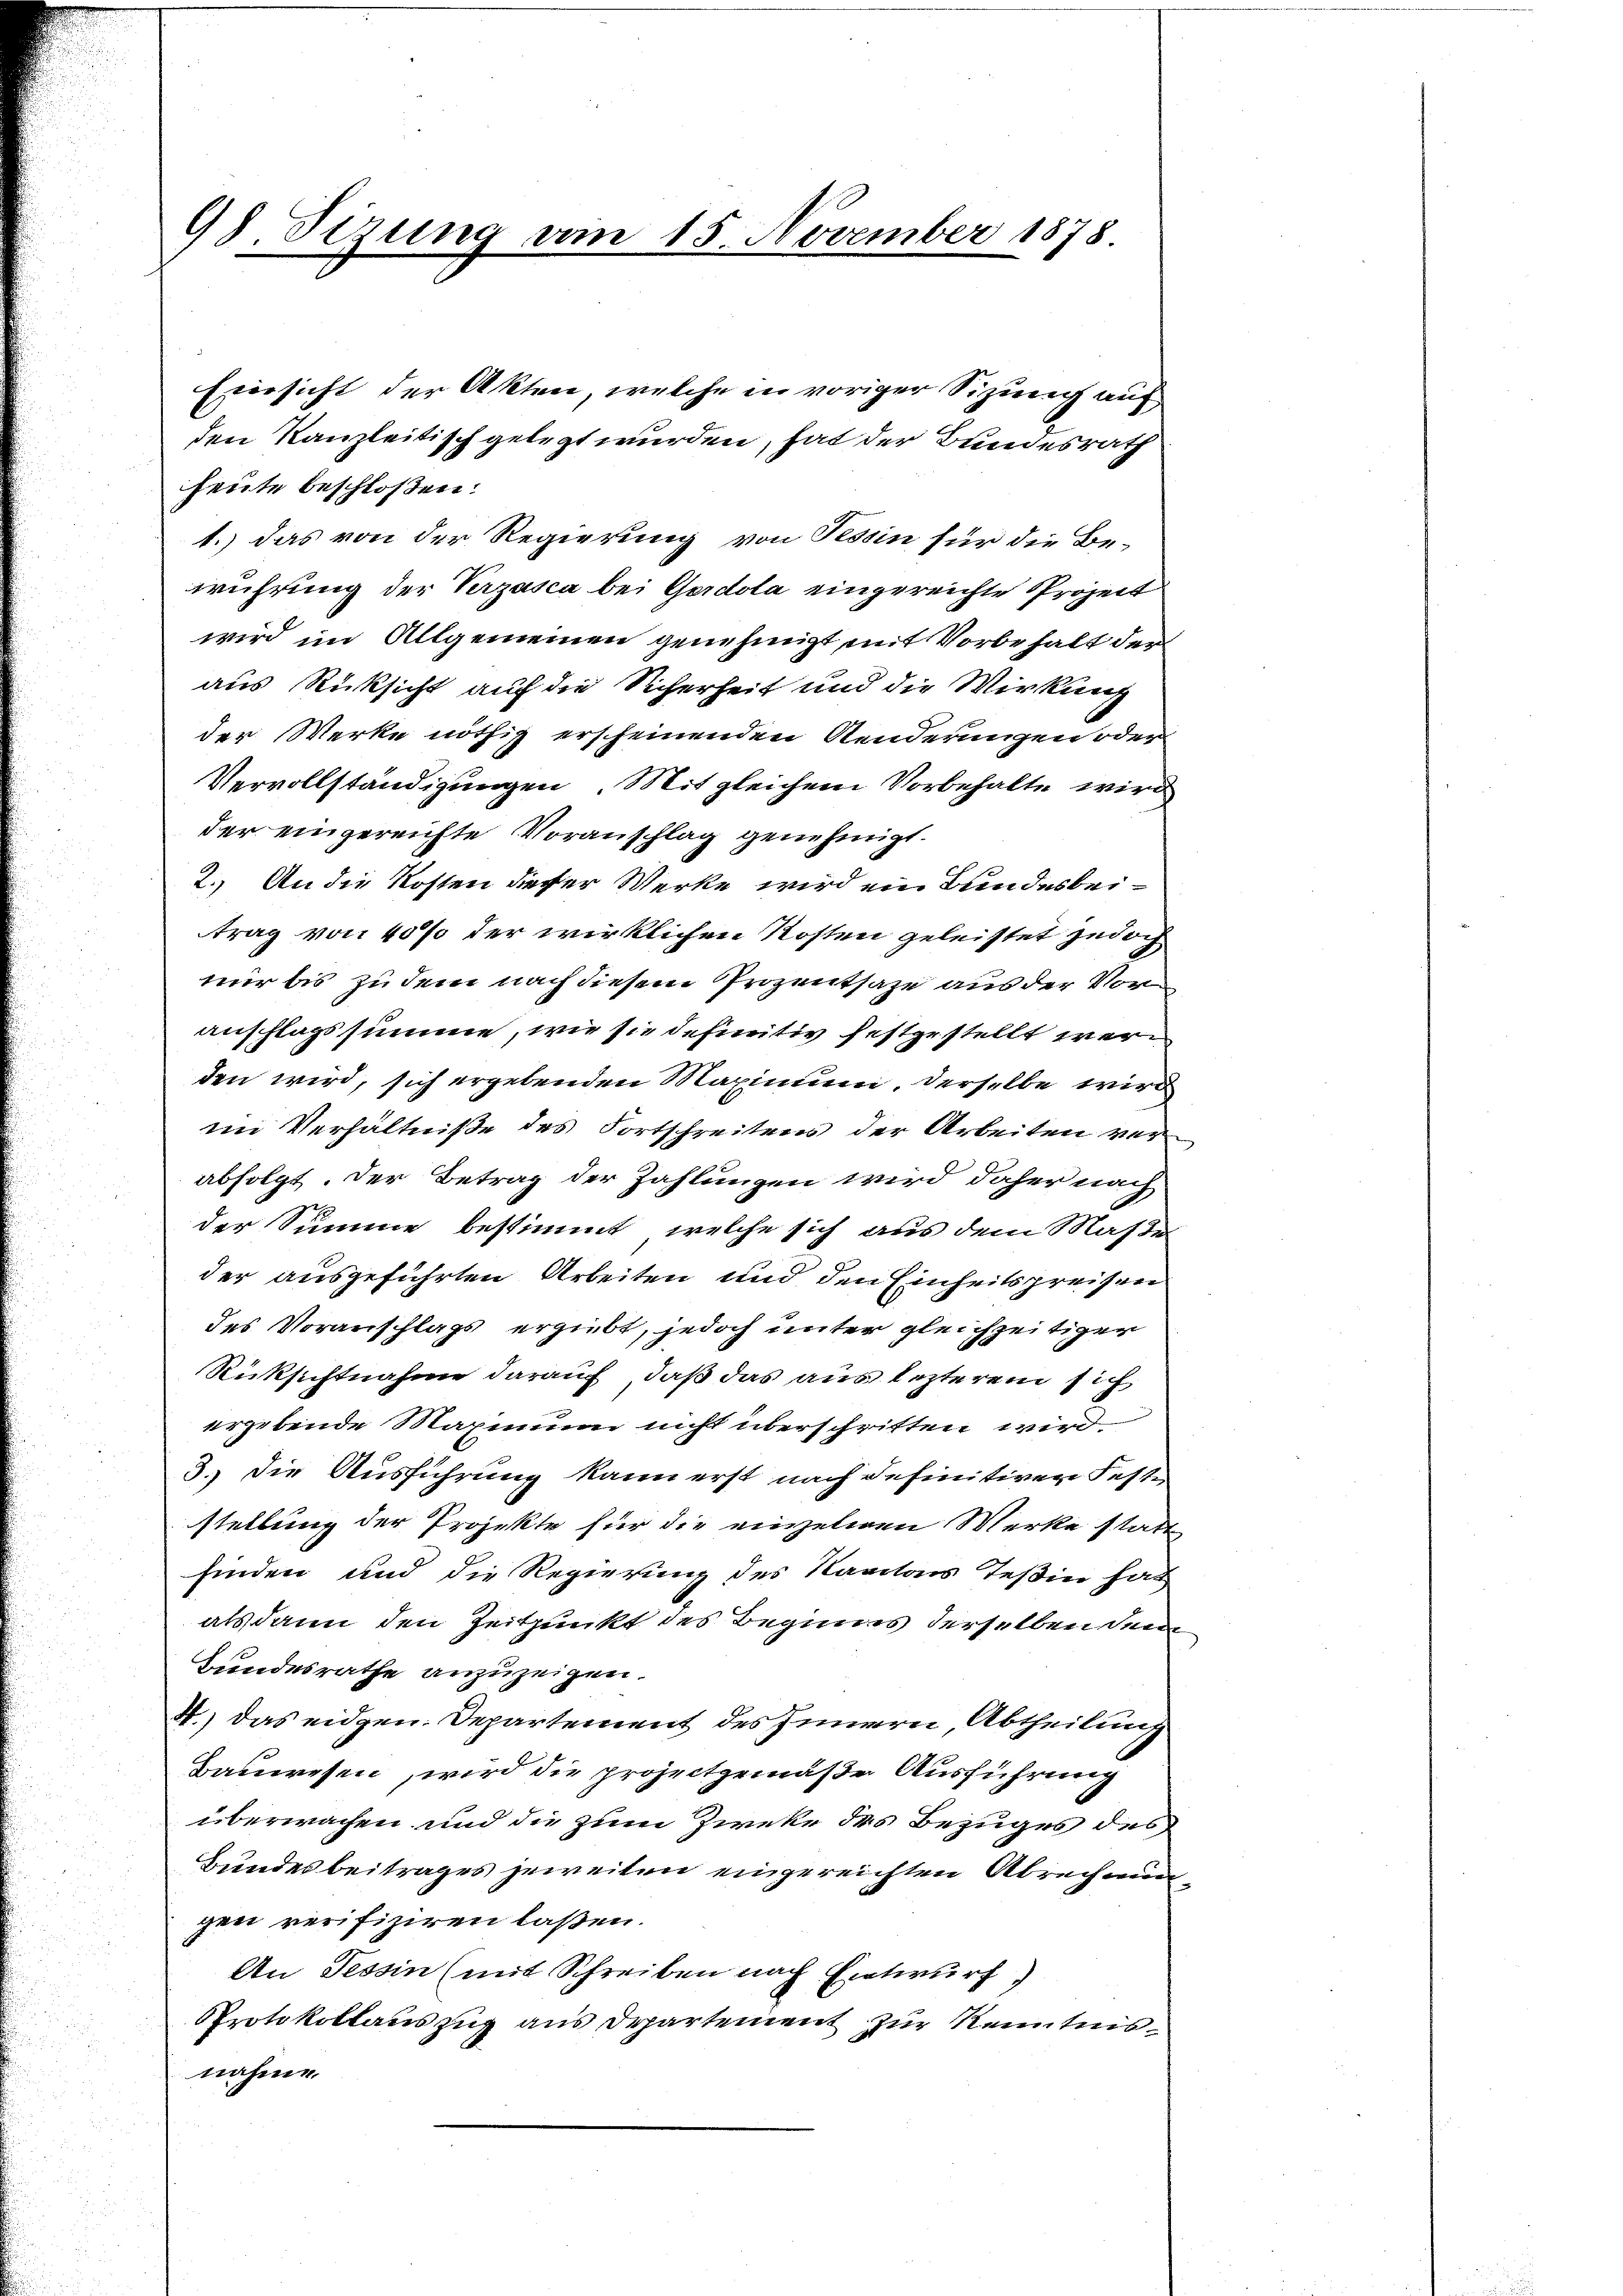
98. Sizung vom 15. November 1878
Einsicht der Akten, welche in voriger Sizung auf
den Kanzleitisch gelegt wurden, hat der Bundesrath

heute beschloßen:
1.) Das von der Regierung von Tessin für die Be-
wuhrung der Verzasca bei Gerdola eingereichte Prozeit
wird im Allgemeinen genehmigt mit Vorbehalt der
aus Rücksicht auf die Sicherheit und die Wirkung
der Werke nöthig erscheinenden Aenderungen oder
Vervollständigungen. Mit gleichem Vorbehalte wird
der eingereichte Voranschlag genehmigt.
2.) An die Kosten dieser Werke wird ein Bundesbeitrag von 40% der wirklichen Kosten geleistet jedoch
nur bis zu dem nach diesem Prozentsage aus der Voranschlagssumme, wie sie definitiv festgestellt werden wird, sich ergebenden Maximum. Derselbe wird
im Verhältniße des Fortschreitens der Arbeiten verabfolgt. Der Betrag der Zahlungen wird daher nach
der Summe bestimmt, welche sich aus dem Maße
der ausgeführten Arbeiten und den Einheitspreisen
des Voranschlags ergiebt, jedoch unter gleichzeitiger
Rücksichtnahme darauf, daß das aus lezterem sich
ergebende Maximum nicht überschritten wird.
3. Die Ausführung kann erst nach definitiven Feste
stellung der Projekte für die einzelnen Merke statte
finden und die Regierung des Kantons Teßin hat
alsdann den Zeitpunkt des Beginns derselben dem
Bundesrathe anzuzeigen.
4.) Das eidgen. Departement des Innern, Abtheilung
Bauwesen, wird die projectgemäße Ausführung
überwachen und die zum Zweke des Bezuges des
Bundesbeitrages jeweiten eingereichten Abrechnungen verifiziren laßen.
An Tessin (mit Schreiben nach Entwurf
Protokollauszug aus Departement zur Kenntnisnahme.